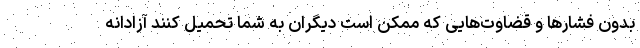
بدون فشار‌ها و قضاوت‌هایی که ممکن است دیگران به شما تحمیل کنند آزادانه